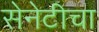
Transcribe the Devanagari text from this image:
सेनेटीचा